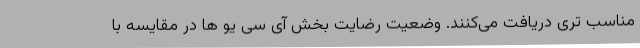
مناسب تری دریافت می‌کنند. وضعیت رضایت بخش آی سی یو ها در مقایسه با